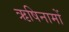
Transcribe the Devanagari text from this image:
ऋषिनामों